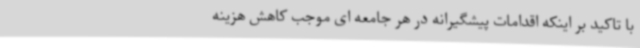
با تاکید بر اینکه اقدامات پیشگیرانه در هر جامعه ای موجب کاهش هزینه